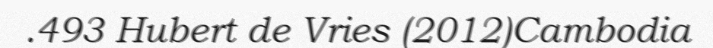
.493 Hubert de Vries (2012)Cambodia